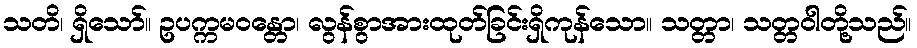
သတိ၊ ရှိသော်။ ဥပက္ကမဝန္တော၊ လွန်စွာအားထုတ်ခြင်းရှိကုန်သော။ သတ္တာ၊ သတ္တဝါတို့သည်။